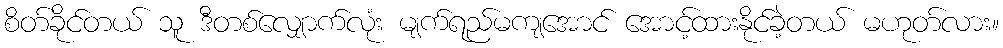
စိတ်ခိုင်တယ် သူ ဒီတစ်လျှောက်လုံး မျက်ရည်မကျအောင် အောင့်ထားနိုင်ခဲ့တယ် မဟုတ်လား။